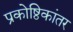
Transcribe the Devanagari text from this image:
प्रकोष्ठिकांतर